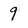
Character: 9